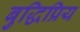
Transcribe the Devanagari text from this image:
बुद्धिप्रिय